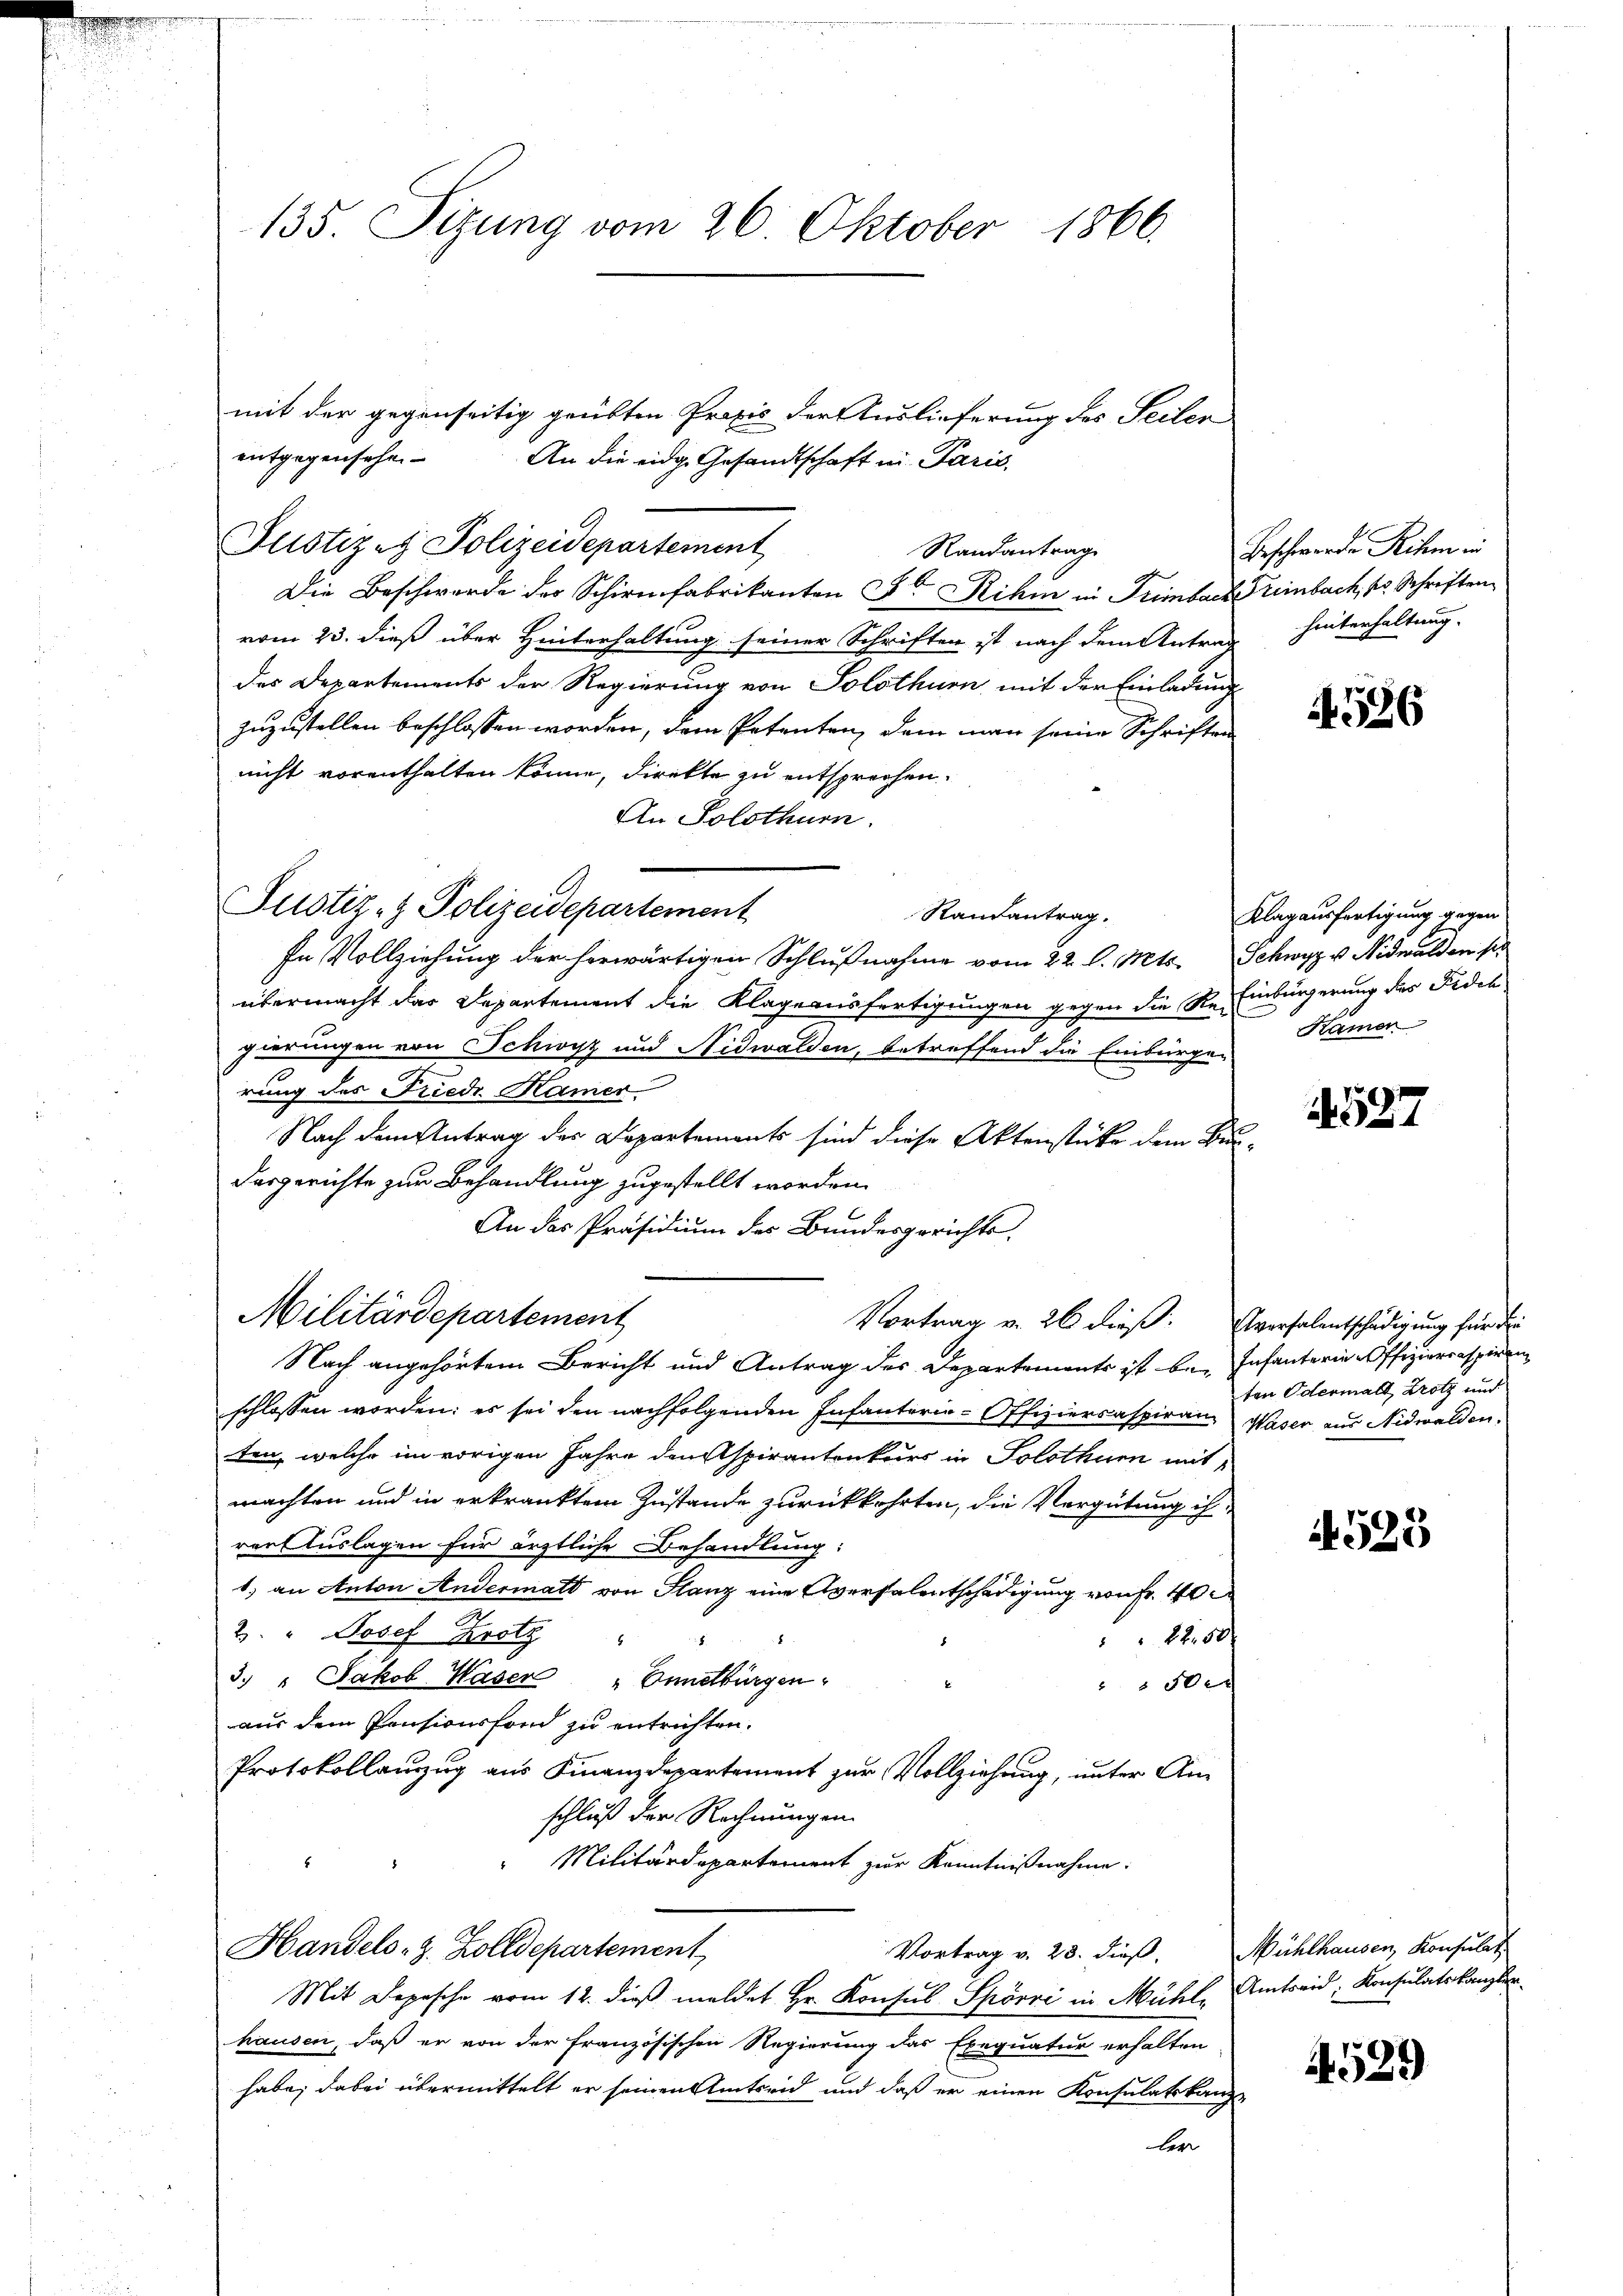
135. Sizung vom 26. Oktober 1866.

mit der gegenseitig geübten Praxis der Auslieferung des Seiter
entgegensehen
An die eidg. Gesandtschaft in Paris,
Justizes Polizeidepartement
Randantrag
Die Beschwerde der Schirmfabrikanten Er ihm in Trimbach Treinbach, so Schriften
vom 23. dieß über Hinterhaltung seiner Schriften ist nach dem Antrag
des Departements der Regierung von Solothurn mit der Einladung
zuzustellen beschlossen worden, dem Petenten dem man seine Schriften
nicht vorenthalten könne, direkte zu entsprechen.
An Solothur.
Rautantrag.
In Vollziehung der herwärtigen Schlußnahme vom 22. l. Mts. Schwyz v. Nidwalden so
übermacht das Departement die Klage ausfertigungen gegen die Re- Einbürgerung des Fides
gierungen von Schwyz und Nidwalden, betreffend die Einbürgen
rung des Friedr Kamer
Nach dem Antrag des Departements sind diese Aktenstücke dem Bundesgerichte zur Behandlung zugestellt worden.
An das Präsidium des Bundesgerichts-
Militärdepartement
Vortrag v. 26 dieß. Eversalentschädigung für die
Nach angehörtem Bericht und Antrag des Departements ist bei Infanterie-Offizierenspiren
schlossen worden; es sei den nachfolgenden Infanterie-Offiziersaspiran. Waser aus Nidwalden,
ten, welche im vorigen Jahre denspirantenkurs in Solothur mit,
machten und in erkranktem Zustande zurückkehrten, die Vergütung ih
rart Auslagen für ärztliche Behandlung:
1) an Anton Andermatt von Glanz eine Aversalentschädigung von Fr. 40
2. " Josef Krotz
22.50
8.
3. " Jakob Waser „Ennetbürgen
 30 x
aus dem Pensionsfond zu entrichten.
Protokollanzug aus Finanzdepartement zur Vollziehung, unter An-
schluß der Rechnungen.
Militärdepartement zur Kenntnißnahme:
Handels- z. Zolldepartement
Vortrag v. 23. dieß. Mühlhausen, Konsulat
Mit Depesche vom 12. dieß meldet Hr. Konsul Spörri in Mühle Amtseid, Konsulatskanzler
hausen, daß er von der französischen Regierung das Exequatur erhalten
habe; dabei übermittelt er seinen Amtseid und daß er einen Konsulatskanz
ler

Justiz- & Polizeidepartement

Beschwerde ihm in
hinterhaltung.

4586

Klagausfertigung gegen
Kamer

1527

ten Odermalt, trotz und

525

4529